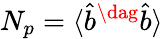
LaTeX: N_{p}=\langle\hat{b}^{\dag}\hat{b}\rangle